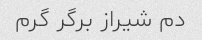
دم شیراز برگر گرم